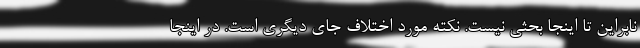
نابراین تا اینجا بحثی نیست. نکته مورد اختلاف جای دیگری است. در اینجا